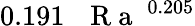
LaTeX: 0.191\, \mathrm{~\textit~{~R~a~}~}^{0.205}